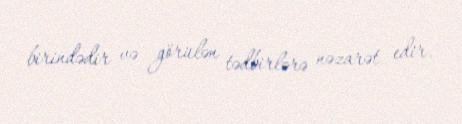
birindədir və görülən tədbirlərə nəzarət edir.